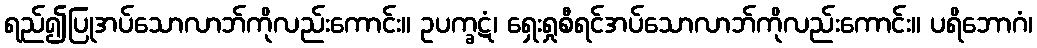
ရည်၍ပြုအပ်သောလာဘ်ကိုလည်းကောင်း။ ဥပက္ခဋံ၊ ရှေးရှုစီရင်အပ်သောလာဘ်ကိုလည်းကောင်း။ ပရိဘောဂံ၊